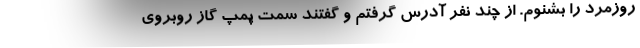
روزمرد را بشنوم. از چند نفر آدرس گرفتم و گفتند سمت پمپ گاز روبروی